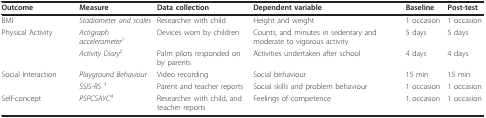
<table><thead><tr><td><b>Outcome</b></td><td><b>Measure</b></td><td><b>Data collection</b></td><td><b>Dependent variable</b></td><td><b>Baseline</b></td><td><b>Post-test</b></td></tr></thead><tbody><tr><td>BMI</td><td><i>Stadiometer and scales</i></td><td>Researcher with child</td><td>Height and weight</td><td>1 occasion</td><td>1 occasion</td></tr><tr><td>Physical Activity</td><td><i>Actigraph accelerometer<sup>1</sup></i></td><td>Devices worn by children</td><td>Counts, and minutes in sedentary and moderate to vigorous activity</td><td>5 days</td><td>5 days</td></tr><tr><td></td><td><i>Activity Diary<sup>2</sup></i></td><td>Palm pilots responded on by parents</td><td>Activities undertaken after school</td><td>4 days</td><td>4 days</td></tr><tr><td>Social Interaction</td><td><i>Playground Behaviour</i></td><td>Video recording</td><td>Social behaviour</td><td>15 min</td><td>15 min</td></tr><tr><td></td><td><i>SSIS-RS <sup>3</sup></i></td><td>Parent and teacher reports</td><td>Social skills and problem behaviour</td><td>1 occasion</td><td>1 occasion</td></tr><tr><td>Self-concept</td><td><i>PSPCSAYC<sup>4</sup></i></td><td>Researcher with child, and teacher reports</td><td>Feelings of competence</td><td>1 occasion</td><td>1 occasion</td></tr></tbody></table>